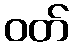
ဝတ်